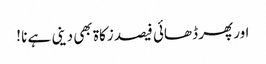
اور پھر ڈھائی فیصد زکاۃ بھی دینی ہے نا !